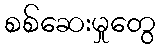
စစ်ဆေးမှုတွေ